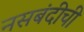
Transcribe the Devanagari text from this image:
नसबंदीची